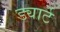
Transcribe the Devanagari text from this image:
ड्यार्टे